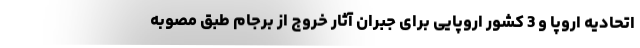
اتحادیه اروپا و 3 کشور اروپایی برای جبران آثار خروج از برجام طبق مصوبه